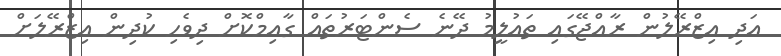
އަދި އިޒްރޭލުން ރާއްޖޭގައި ތައުލީމު ދޭނެ ސެންޓަރުތައް ގާއިމްކޮށް ދިވެހި ކުދިން އިޒްރޭލަށް